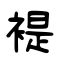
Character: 褆